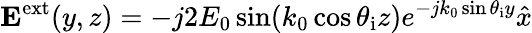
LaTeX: \mathbf{E}^{\mathrm{ext}}(y,z)=-j2E_{0}\sin(k_{0}\cos\theta_{\mathrm{i}}z)e^{-jk_{0}\sin\theta_{\mathrm{i}}y}\hat{x}